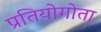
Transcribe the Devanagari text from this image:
प्रतियोगोता